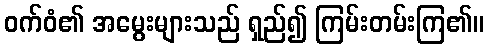
ဝက်ဝံ၏ အမွေးများသည် ရှည်၍ ကြမ်းတမ်းကြ၏။